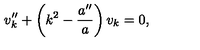
v _ { k } ^ { \prime \prime } + \left( k ^ { 2 } - { \frac { a ^ { \prime \prime } } { a } } \right) v _ { k } = 0 ,